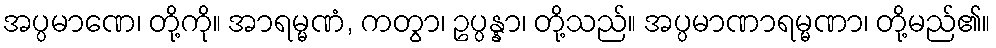
အပ္ပမာဏေ၊ တို့ကို။ အာရမ္မဏံ, ကတွာ၊ ဥပ္ပန္နာ၊ တို့သည်။ အပ္ပမာဏာရမ္မဏာ၊ တို့မည်၏။